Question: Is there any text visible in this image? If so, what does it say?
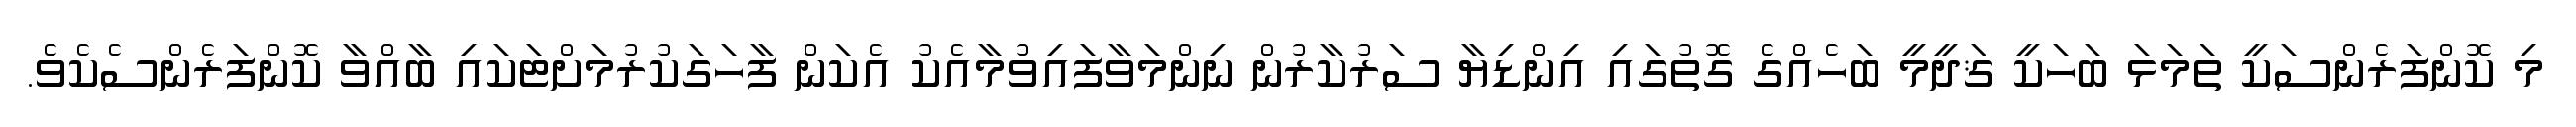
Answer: މި ކޮންފަރެންސަކީ ތަމަޅަ ބަހަކީ ޤަދީމީ ބަހެއްގެ ގޮތުގައި އިންޑިޔާ ސަރުކާރުން ނިންމަވާފައިވުމާއެކު އެކަން ފާހަގަކުރުމަށްޓަކައި ބާއްވާ ކޮންފަރެންސެކެވެ.